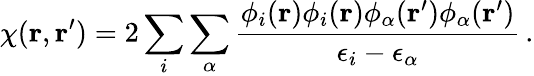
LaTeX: \chi({\mathbf r},{\mathbf r}^{\prime})=2\sum_{i}\sum_{\alpha}\frac{\phi_{i}({\mathbf r})\phi_{i}({\mathbf r})\phi_{\alpha}({\mathbf r}^{\prime})\phi_{\alpha}({\mathbf r}^{\prime})}{\epsilon_{i}-\epsilon_{\alpha}}\, .